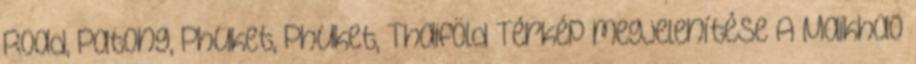
Road, Patong, Phuket, Phuket, Thaiföld Térkép megjelenítése A Maikhao